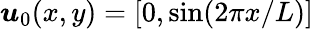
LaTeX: \boldsymbol u_{0}(x,y)=[0,\sin(2\pi x/L)]